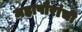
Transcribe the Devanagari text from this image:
महापौरांची